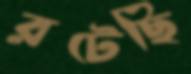
রটেছি